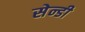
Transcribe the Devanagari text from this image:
सेन्डी